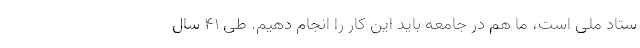
ستاد ملی است، ما هم در جامعه باید این کار را انجام دهیم. طی ۴۱ سال